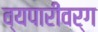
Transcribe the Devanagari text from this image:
व्यपारीवर्ग